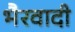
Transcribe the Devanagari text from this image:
भैरवादी